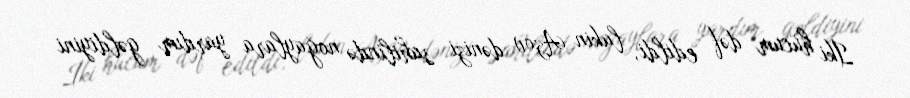
İki hücum dəf edildi, lakin Azov dənizi sahilində noğaylara yardım gəldiyini